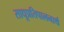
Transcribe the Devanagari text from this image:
साधूप्रतिपालनार्थ